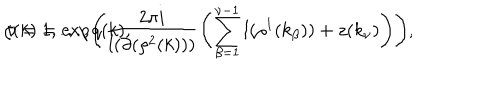
\zeta ( k ) = \exp \left( \frac { 2 \pi i } { l ( \partial ( \rho ^ { 2 } ( k ) ) ) } \left( \sum _ { \beta = 1 } ^ { \nu - 1 } l ( \rho ^ { 1 } ( k _ { \beta } ) ) + z ( k _ { \nu } ) \right) \right) , \hspace { 0 . 2 i n } \nu = 1 , . . . , q ( k ) ,